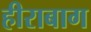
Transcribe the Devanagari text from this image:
हीराबाग